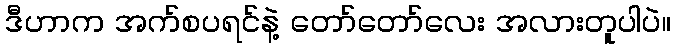
ဒီဟာက အက်စပရင်နဲ့ တော်တော်လေး အလားတူပါပဲ။